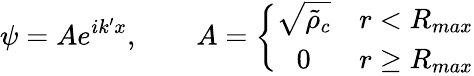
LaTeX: \psi=Ae^{ik^{\prime}x},\qquad A=\left\{ \begin{array}{cc}{\sqrt{\tilde{\rho}_{c}}}&{r<R_{max}}\\ {0}&{r\ge R_{max}}\end{array}\right.